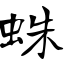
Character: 蛛